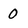
Character: O